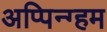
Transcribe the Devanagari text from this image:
अप्पिन्ग्हम